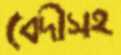
বেদীসহ